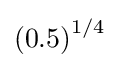
\left(0.5\right)^{1/4}